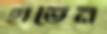
হাভেন